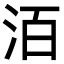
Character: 洦